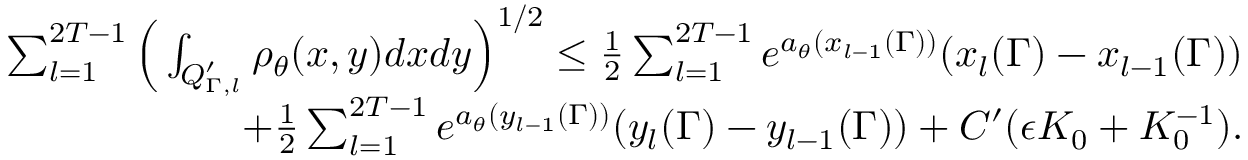
\begin{array} { r l r } & { } & { \sum _ { l = 1 } ^ { 2 T - 1 } \Big ( \int _ { Q _ { \Gamma , l } ^ { \prime } } \rho _ { \theta } ( x , y ) d x d y \Big ) ^ { 1 \slash 2 } \leq \frac { 1 } { 2 } \sum _ { l = 1 } ^ { 2 T - 1 } e ^ { a _ { \theta } ( x _ { l - 1 } ( \Gamma ) ) } ( x _ { l } ( \Gamma ) - x _ { l - 1 } ( \Gamma ) ) } \\ & { } & { \quad \quad \quad + \frac { 1 } { 2 } \sum _ { l = 1 } ^ { 2 T - 1 } e ^ { a _ { \theta } ( y _ { l - 1 } ( \Gamma ) ) } ( y _ { l } ( \Gamma ) - y _ { l - 1 } ( \Gamma ) ) + C ^ { \prime } ( \epsilon K _ { 0 } + K _ { 0 } ^ { - 1 } ) . } \end{array}